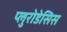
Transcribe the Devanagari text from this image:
प्लुरोडेसिस